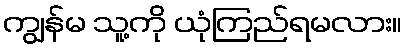
ကျွန်မ သူ့ကို ယုံကြည်ရမလား။